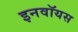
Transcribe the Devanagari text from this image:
इनवॉयस